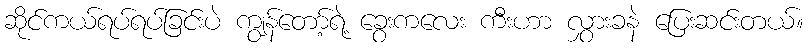
ဆိုင်ကယ်ရပ်ရပ်ခြင်းပဲ ကျွန်တော့်ရဲ့ ခွေးကလေး ကီးဟာ လွှားခနဲ ပြေးဆင်းတယ်။